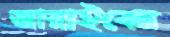
জারাইবেন